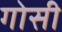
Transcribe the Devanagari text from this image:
गोसी